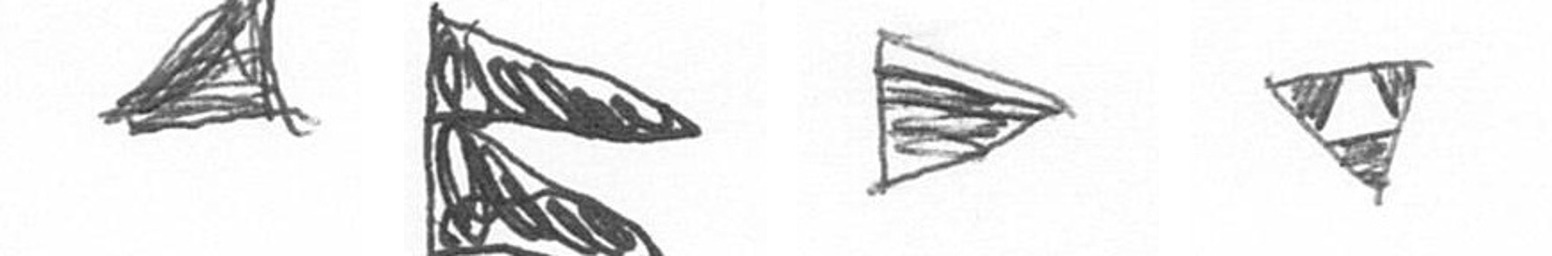
O P T S